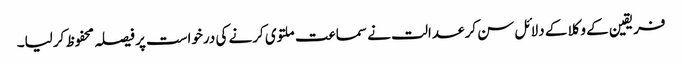
فریقین کے وکلا کے دلائل سن کر عدالت نے سماعت ملتوی کرنے کی درخواست پر فیصلہ محفوظ کرلیا۔